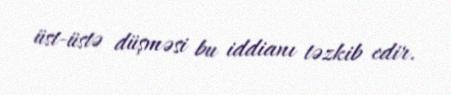
üst-üstə düşməsi bu iddianı təzkib edir.